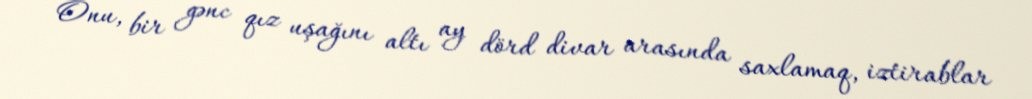
Onu, bir gənc qız uşağını altı ay dörd divar arasında saxlamaq, iztirablar